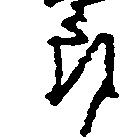
郎